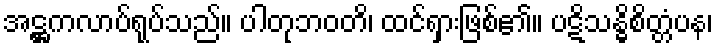
အဋ္ဌကလာပ်ရုပ်သည်။ ပါတုဘဝတိ၊ ထင်ရှားဖြစ်၏။ ပဋိသန္ဓိစိတ္တံပန၊